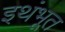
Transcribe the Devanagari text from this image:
इथंभूत